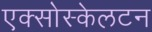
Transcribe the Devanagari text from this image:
एक्सोस्केलटन